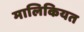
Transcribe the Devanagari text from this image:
मालिकियत